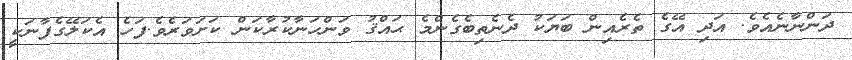
ދަންނާނެއެވެ. އަދި އޭގެ ތެރެއިން ބަޔަކު ދެނެތިބެގެންމެ ޙައްޤު ވަންހަނާކުރާކަން ކަށަވަރެވެ.ފަހެ އެކަލޭގެފާނަކީ